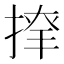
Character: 𢱂